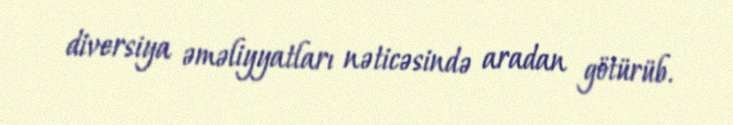
diversiya əməliyyatları nəticəsində aradan götürüb.